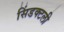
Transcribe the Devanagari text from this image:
सिंडक्टली